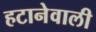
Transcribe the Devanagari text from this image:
हटानेवाली